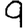
Digit: 9